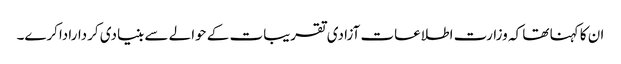
ان کا کہنا تھا کہ وزارت اطلاعات آزادی تقریبات کے حوالے سے بنیادی کرداراداکرے۔